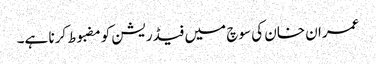
عمران خان کی سوچ میں فیڈریشن کومضبوط کرنا ہے۔